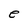
Character: e